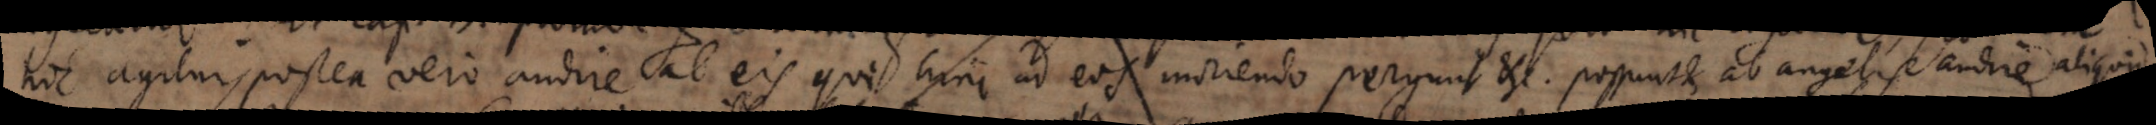
hic agitur, postea vero audire ab eis qui hinc ad eos moriendo pergunt etc. possunt et ab angelis audire aliquid